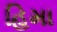
હિમા